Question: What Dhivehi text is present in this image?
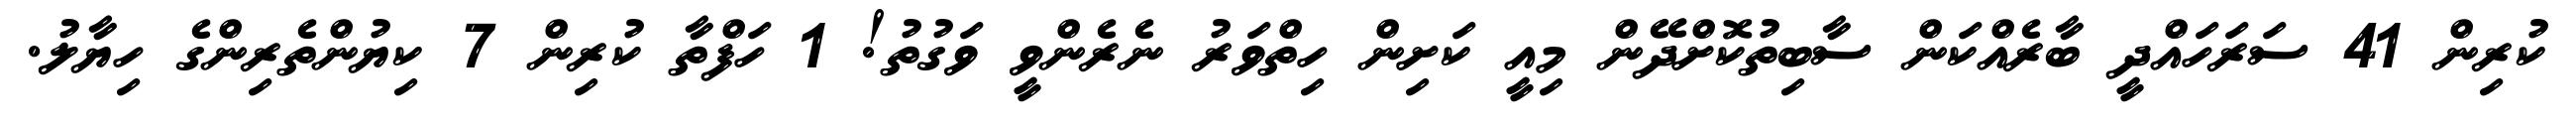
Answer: ކުރިން 41 ސަރަހައްދީ ބާރެއްކަން ސާބިތުކޮށްދޭން މިއީ ކަށިން ހިތްވަރު ނެރެންވީ ވަގުތު! 1 ހަފްތާ ކުރިން 7 ކިޔުންތެރިންގެ ހިޔާލު.